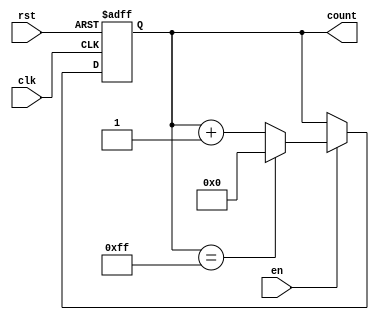
module MemoryBlocksIncrementalCounter (
    input wire clk,         // Clock input
    input wire rst,         // Asynchronous reset
    input wire en,          // Enable signal
    output reg [7:0] count  // Counter value output (8-bit wide)
);

    // Parameter for maximum counter value (255 for 8-bit counter)
    parameter MAX_COUNT = 8'hFF;

    // Asynchronous reset and counter increment logic
    always @(posedge clk or posedge rst) begin
        if (rst) begin
            // Reset the counter to 0
            count <= 8'h00;
        end else if (en) begin
            // Increment the counter and handle wrap around
            if (count == MAX_COUNT) begin
                count <= 8'h00; // Wrap around to 0
            end else begin
                count <= count + 1'b1; // Increment the counter
            end
        end
    end

endmodule